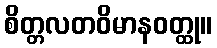
စိတ္တလတဝိမာနဝတ္ထု။